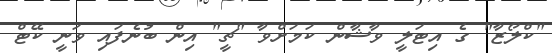
"ކްލޯޒާ" ގެ އިޓަލީ ވާޝާން ކަމަށްވާ "ޗީ" އިން ބުނެފައި ވަނީ ކޭޓް